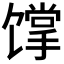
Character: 𩠏